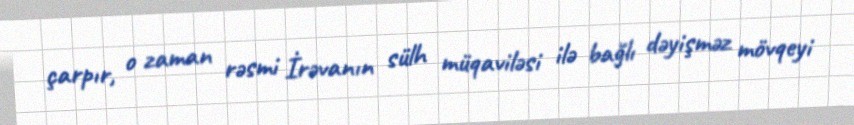
çarpır, o zaman rəsmi İrəvanın sülh müqaviləsi ilə bağlı dəyişməz mövqeyi